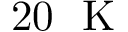
2 0 \ \mathrm { ~ K ~ }